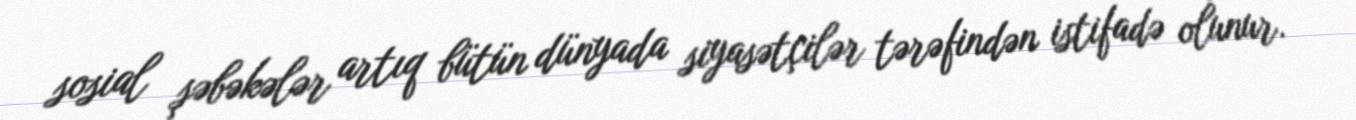
sosial şəbəkələr artıq bütün dünyada siyasətçilər tərəfindən istifadə olunur.